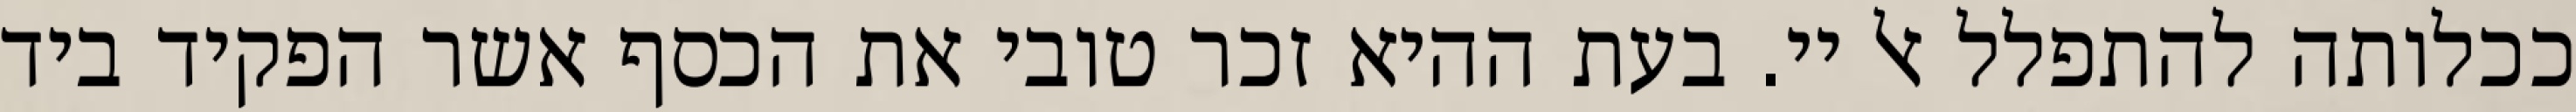
ככלותה להתפלל אל יי. בעת ההיא זכר טובי את הכסף אשר הפקיד ביד